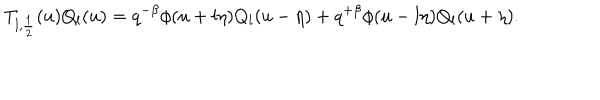
LaTeX: T _ { l , \frac 1 2 } ( u ) Q _ { l } ( u ) = q ^ { - \beta } \phi ( u + l \eta ) Q _ { l } ( u - \eta ) + q ^ { + \beta } \phi ( u - l \eta ) Q _ { l } ( u + \eta ) .